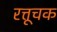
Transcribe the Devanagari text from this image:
रत्तूचक